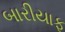
બારીયાફ